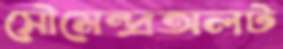
সৌমেন্দ্রঅলট